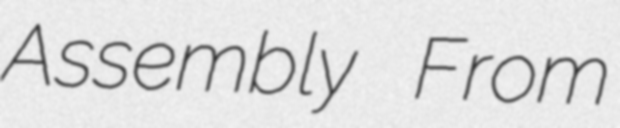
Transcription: Assembly From